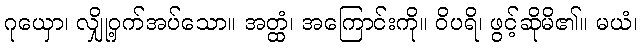
ဂုယှော၊ လျှို့ဝှက်အပ်သော။ အတ္ထံ၊ အကြောင်းကို။ ဝိပရိ၊ ဖွင့်ဆိုမိ၏။ မယံ၊